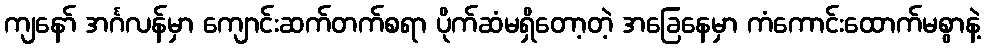
ကျနော် အင်္ဂလန်မှာ ကျောင်းဆက်တက်စရာ ပိုက်ဆံမရှိတော့တဲ့ အခြေနေမှာ ကံကောင်းထောက်မစွာနဲ့